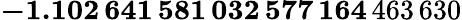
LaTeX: \mathbf{-1.102\, 641\, 581\, 032\, 577\, 164}\, 463\, 630